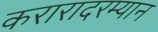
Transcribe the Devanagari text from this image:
करारादरम्यान